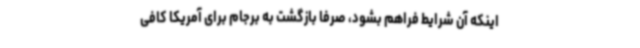
اینکه آن شرایط فراهم بشود، صرفاً بازگشت به برجام برای آمریکا کافی